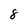
Character: 8